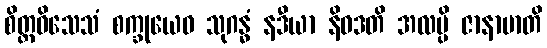
စိတ္တဝိသေသံ စက္ခုယေဝ သုဂန္ဓံ နဒီယာ နိဝဒတိ အလမ္ပိ ဇာနာမာတိ